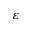
\varepsilon